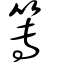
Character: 篿